Leaving Certificate Examination (including Day School Certificate (Higher) General paper), 1928
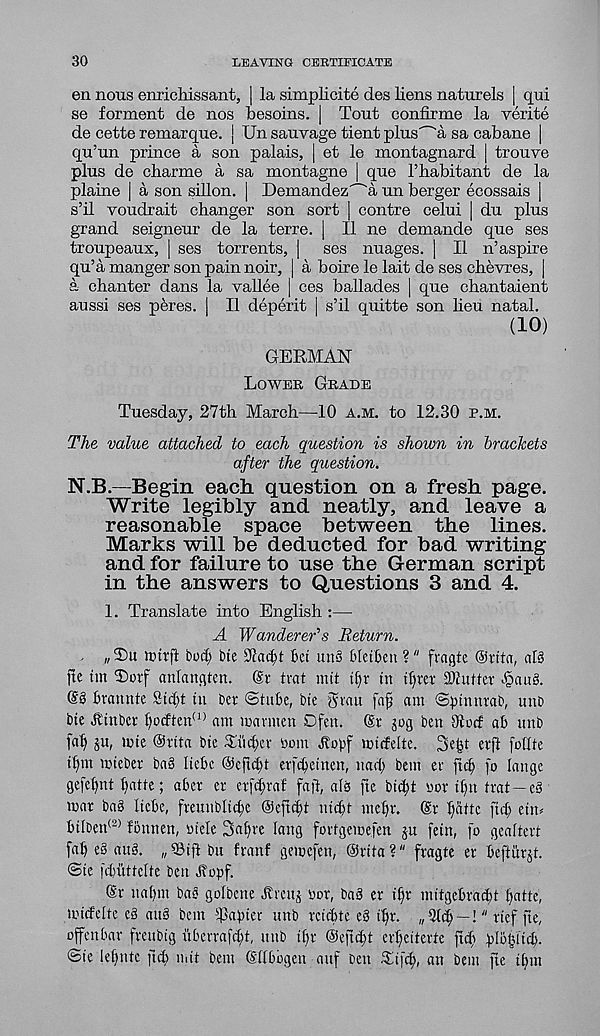
30
LEAVING CERTIFICATE
en nous enrichissant, | la simplicite des liens naturels | qui
se forment de nos besoins. | Tout confirme la yerite
de cette remarque. | Un sauvage tient plus''"'a sa cabane |
qu’un prince a son palais, | et le montagnard | trouve
plus de charme a sa montagne | que 1’habitant de la
plaine | a son sillon. | Demandez'~'a un berger ecossais |
s’il voudrait changer son sort | contre celui | du plus
grand seigneur de la terre. [ II ne demande que ses
troupeaux, | ses torrents, |
ses images. | II n’aspire
qu’a manger son pain noir, | a boire le lait de ses chevres, j
a chanter dans la vallee | ces ballades | que chantaient
aussi ses peres. | II deperit | s’il quitte son lieu natal.
(10)
GERMAN
Lower Grade
Tuesday, 27th March—10 a.m. to 12.30 p.m.
The value attached to each question is shown in brackets
after the question.
N.B.—Begin each question on a fresh page.
Write legibly and neatly, and leave a
reasonable space between the lines.
Marks will be deducted for bad writing
and for failure to use the German script
in the answers to Questions 3 and 4.
1. Translate into English :—
A Wanderer's Return.
. „ T)u tthtjl bod; bte 92ad)t Bet un§ bletbett ?" frngte Ortta, alt
fte tut T>orf anlamiten. (Sr trat mit t[;r tn itper iDtutter
brannte Sid;t in ber ©tube, bte yuan faf am ©ptmirab, unb
bie Jltnber ^ocften (1) am tcarmen Ofen. @r jog ben Otocf ab mtb
fat) ju, mte Ortta bte TM;er tom Aopf midelte. 3e^t erft follte
tt)m roteber bat Itebe ©efu^t erfe^etnen, nad; bent er ftc^ fo langc
gefetjnt t)atte; aber er erfd;raf fa ft, alt fte bt^t tor t^n trat —et
mar bat Itebe, freunbltd;e ©eftd;t iifcbt mebr. Or bnttc ftd; etn^
btlben (2) fonnen, ttele Sabre lang fortgemefen ju fetn, fo geaftert
fab et ant. „33tftbu franf gemefen, Orita?" fragte er beftiirjt.
<3te fddittclte ben Jlopf.
Or nabm bat golbcne Arettj tor, bat er tbr mitgebra^t batte,
toidelte et ant bent papier unb retebte et ibr. „ 9Id) —!" rtef fte,
offenbar frettbtg uberrafd;t, ttttb tbr @eftd;t erbeiterte ftcb plbbltd).
©te lebntc ftcb »dt bent Ohbbgen auf Den Ttfd;, an bent fte tbm